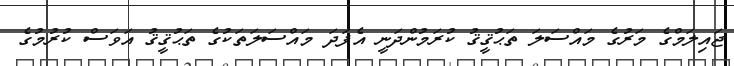
ޖައިލަމްގެ މަރުގެ މައްސަލަ ތަޙުޤީޤު ކުރަމުންދަނީ އެފަދަ މައްސަލަތަކުގެ ތަޙުޤީޤު އަވަސް ކުރުމުގެ